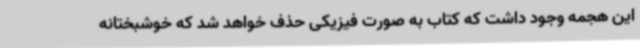
این هجمه وجود داشت که کتاب به صورت فیزیکی حذف خواهد شد که خوشبختانه